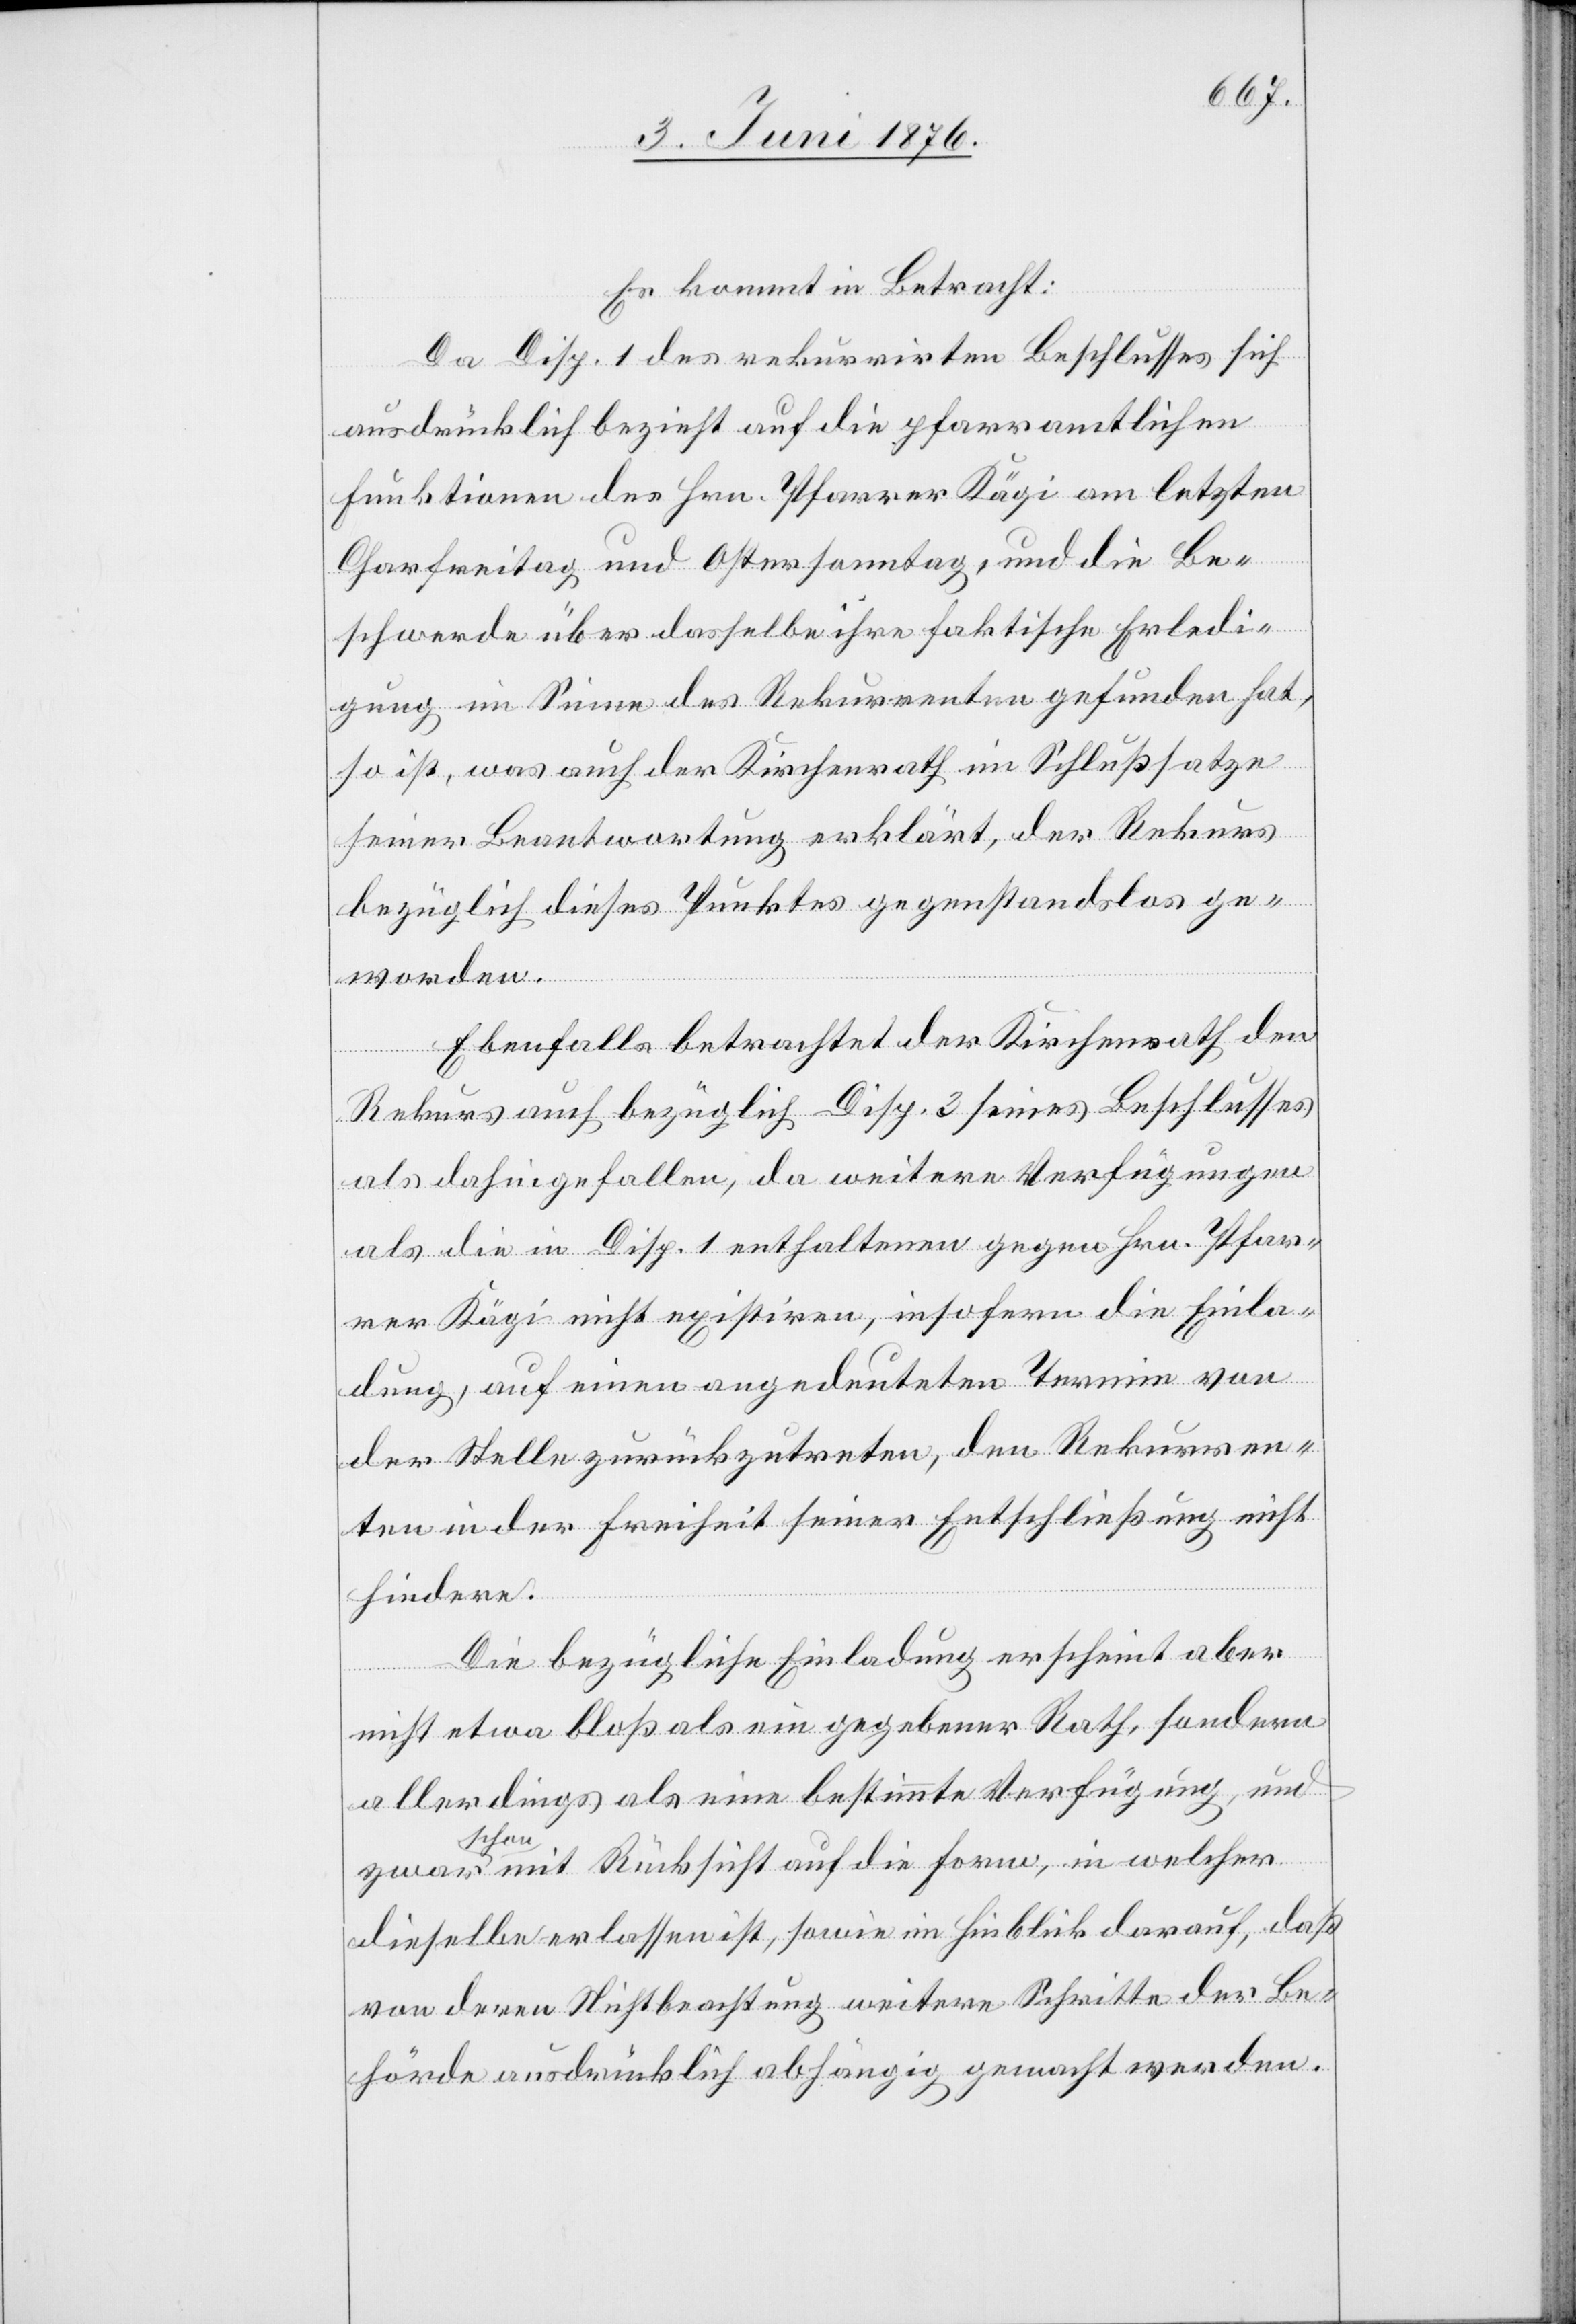
Es kommt in Betracht:
Da Disp. 1 des rekurrirten Beschlusses sich
ausdrücklich bezieht auf die pfarramtlichen
Funktionen des Hrn. Pfarrer Kägi am letzten
Charfreitag und Ostersonntag, und die Be¬
schwerde über dasselbe ihre faktische Erledi¬
gung im Sinne des Rekurrenten gefunden hat,
so ist, was auch der Kirchenrath im Schlußsatze
seiner Beantwortung erklärt, der Rekurs
bezüglich dieses Punktes gegenstandslos ge¬
worden.
Ebenfalls betrachtet der Kirchenrath den
Rekurs auch bezüglich Disp. 3 seines Beschlusses
als dahingefallen, da weitere Verfügungen
als die in Disp. 1 enthaltenen gegen Hrn. Pfar¬
rer Kägi nicht existiren, insofern die Einla¬
dung, auf einen angedeuteten Termin von
der Stelle zurückzutreten, den Rekurren¬
ten in der Freiheit seiner Entschließung nicht
hindere.
Die bezügliche Einladung erscheint aber
nicht etwa bloß als ein gegebener Rath, sondern
allerdings als eine bestimmte Verfügung, und
a-scho¬
n-a mit Rücksicht auf die Form, in welcher
dieselbe erlassen ist, sowie im Hinblick darauf, daß
von deren Nichtbeachtung weitere Schritte der Be¬
hörde ausdrücklich abhängig gemacht werden.